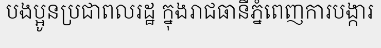
បងប្អូនប្រជាពលរដ្ឋ ក្នុងរាជធានីភ្នំពេញការបង្ការ